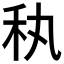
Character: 秇